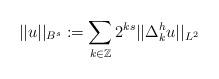
LaTeX: \begin{align*}||u||_{B^s}:=\sum_{k\in\mathbb Z}2^{ks}||\Delta^h_ku||_{L^2}\end{align*}